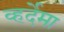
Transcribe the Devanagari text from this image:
व्हर्देमा